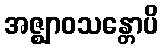
အဇ္ဈာဝသန္တောပိ